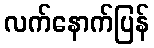
လက်နောက်ပြန်